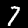
Digit: 7